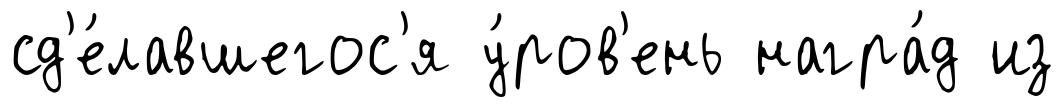
сд'е́лавшегос'я у́ров'ень награ́д из